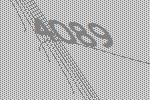
4089